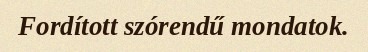
Fordított szórendű mondatok.